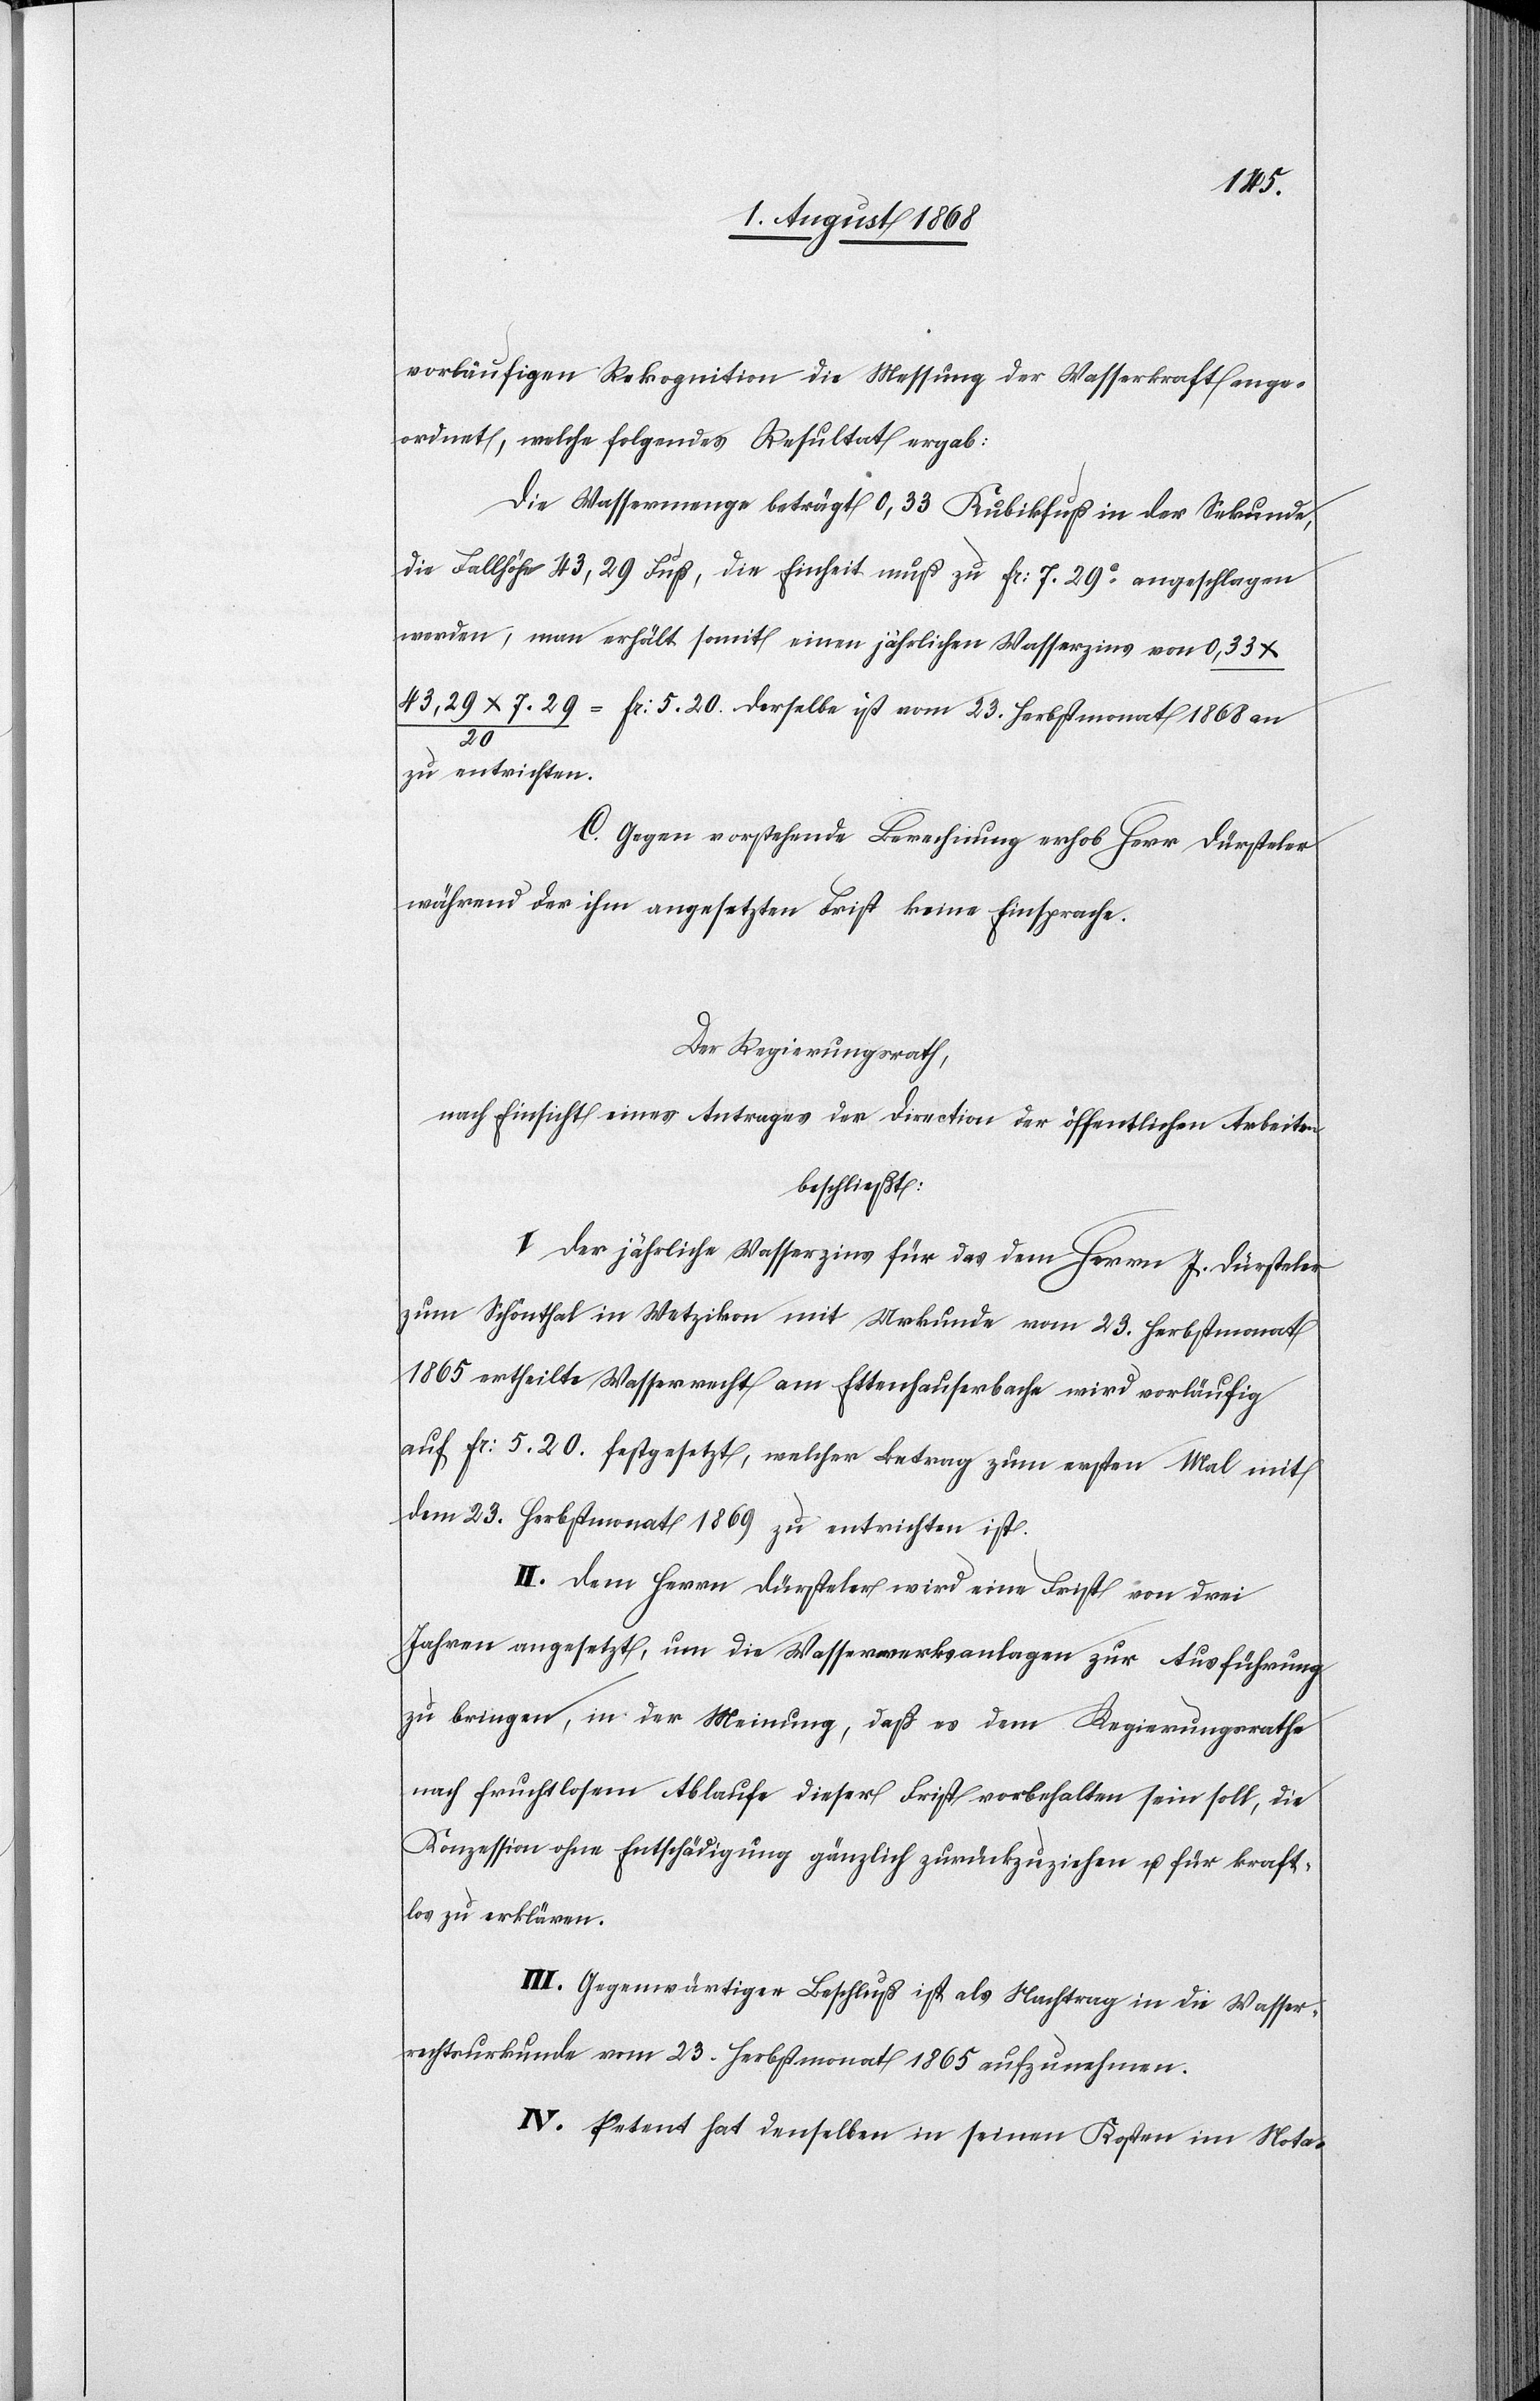
vorläufigen Rekognition die Messung der Wasserkraft ange¬
ordnet, welche folgendes Resultat ergab:
Die Wassermenge beträgt 0,33 Kubikfuß in der Sekunde,
die Fallhöhe 43,29 Fuß, die Einheit muß zu Fr: 7. 29c angeschlagen
werden, man erhält somit einen jährlichen Wasserzins von 0,33 x
43,29 x 7.29 / 20 = Fr: 5.20. Derselbe ist vom 23. Herbstmonat 1868 an
zu entrichten.
C. Gegen vorstehende Berechnung erhob Herr Dürsteler
während der ihm angesetzten Frist keine Einsprache.
Der Regierungsrath,
nach Einsicht eines Antrages der Direction der öffentlichen Arbeiten
beschließt:
I. Der jährliche Wasserzins für das dem Herrn J. Dürsteler
zum Schönthal in Wetzikon mit Urkunde vom 23. Herbstmonat
1865 ertheilte Wasserrecht am Ettenhauserbache wird vorläufig
auf Fr: 5.20. festgesetzt, welcher Betrag zum ersten Mal mit
dem 23. Herbstmonat 1869 zu entrichten ist.
II. Dem Herrn Dürsteler wird eine Frist von drei
Jahren angesetzt, um die Wasserwerksanlagen zur Ausführung
zu bringen, in der Meinung, daß es dem Regierungsrathe
nach fruchtlosem Ablaufe dieser Frist vorbehalten sein soll, die
Konzession ohne Entschädigung gänzlich zurückzuziehen u. für kraft¬
los zu erklären.
III. Gegenwärtiger Beschluß ist als Nachtrag in die Wasser¬
rechtsurkunde vom 23. Herbstmonat 1865 aufzunehmen.
IV. Petent hat denselben in seinen Kosten im Nota-